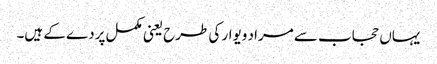
یہاں حجاب سے مراد ویوار کی طرح یعنی مکمل پردے کے ہیں۔